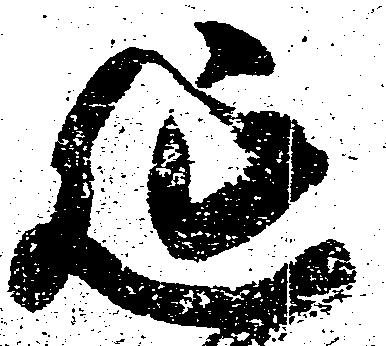
延